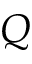
Q